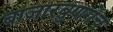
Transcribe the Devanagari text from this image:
बाजारबुणगेच